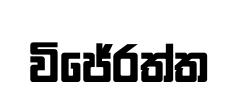
විජේරත්ත